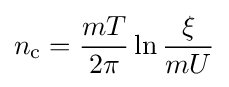
n_{\text{c}}={\frac {mT}{2\pi }}\ln {\frac {\xi }{mU}}